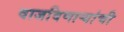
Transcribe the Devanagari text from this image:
वाजविणार्‍यांची